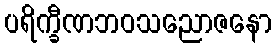
ပရိက္ခီဏဘဝသညောဇနော